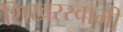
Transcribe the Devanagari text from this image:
शिखरस्वामी